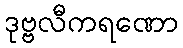
ဒုဗ္ဗလီကရဏော